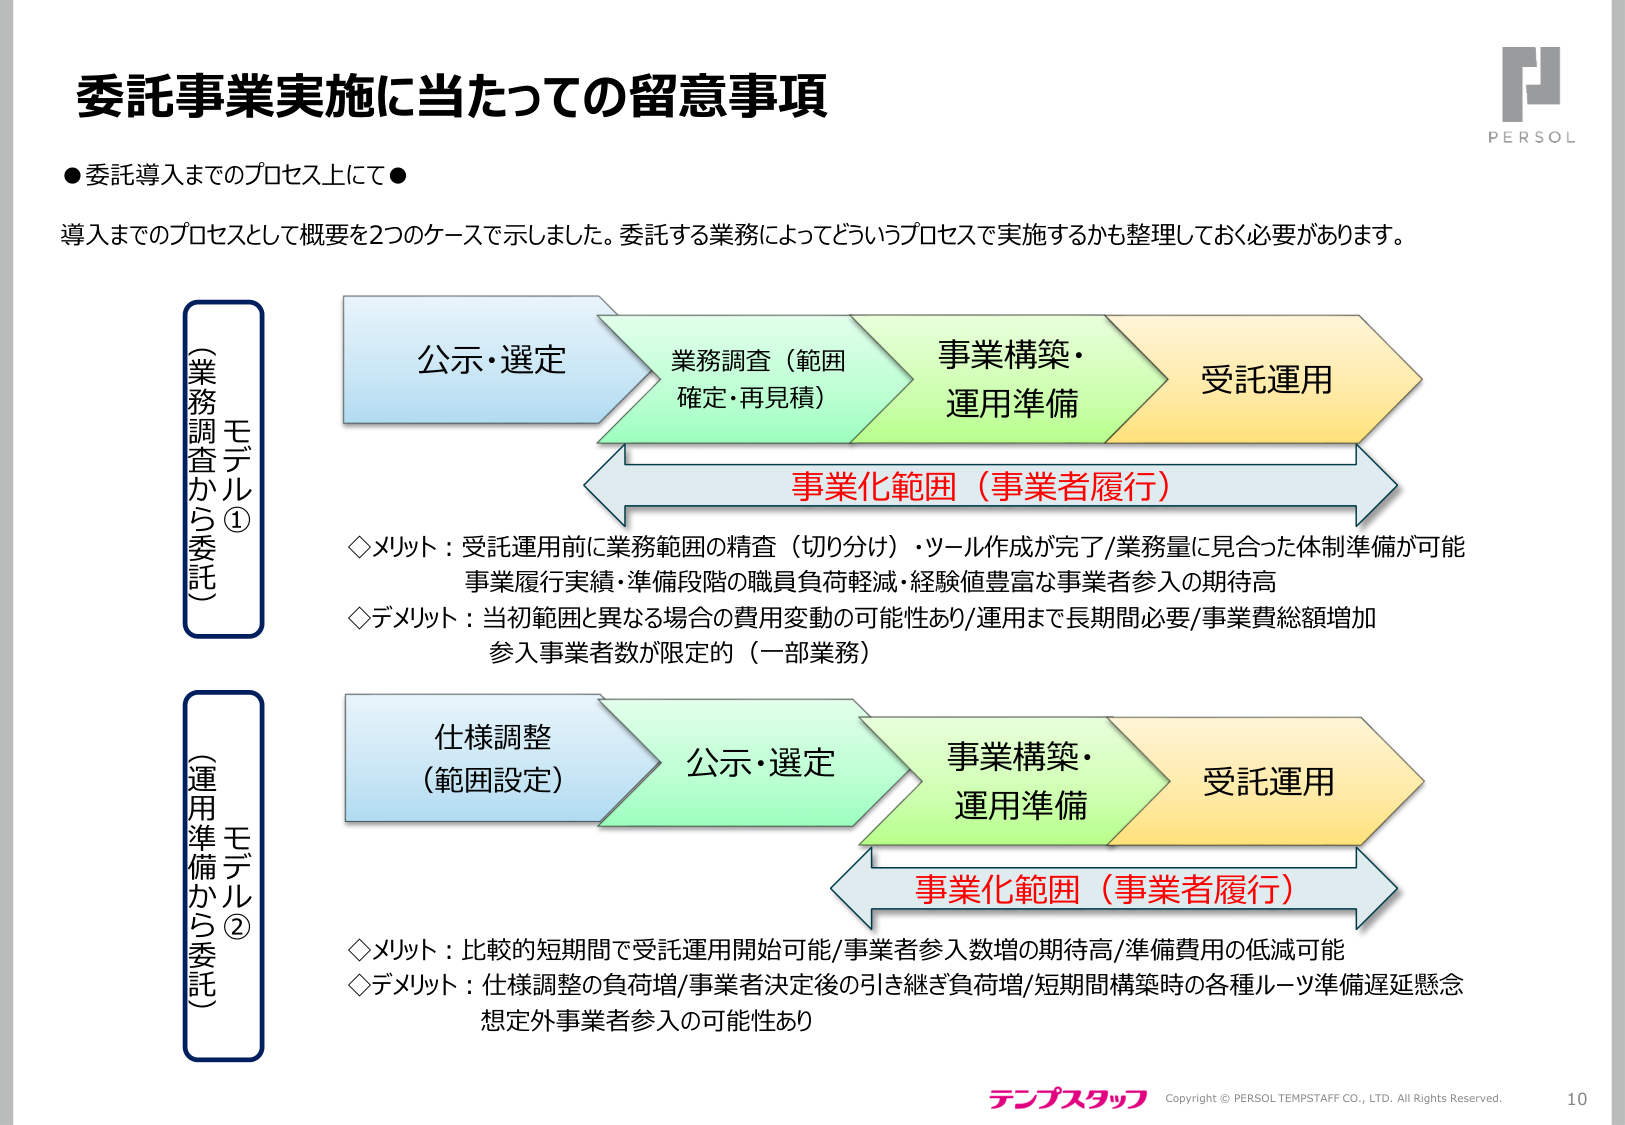
委託事業実施に当たっての留意事項

●委託導入までのプロセス上にて●

導入までのプロセスとして概要を2つのケースで示しました。委託する業務によってどういうプロセスで実施するかも整理しておく必要があります。

モデル①
（業務調査から委託）

公示・選定
業務調査（範囲確定・再見積）
事業構築・運用準備
受託運用

事業化範囲（事業者履行）

◇メリット：受託運用前に業務範囲の精査（切り分け）・ツール作成が完了/業務量に見合った体制準備が可能
事業履行実績・準備段階の職員負荷軽減・経験値豊富な事業者参入の期待高
◇デメリット：当初範囲と異なる場合の費用変動の可能性あり/運用まで長期間必要/事業費総額増加
参入事業者数が限定的（一部業務）

モデル②
（運用準備から委託）

仕様調整
（範囲設定）
公示・選定
事業構築・運用準備
受託運用

事業化範囲（事業者履行）

◇メリット：比較的短期間で受託運用開始可能/事業者参入数増の期待高/準備費用の低減可能
◇デメリット：仕様調整の負荷増/事業者決定後の引き継ぎ負荷増/短期間構築時の各種ルーツ準備遅延懸念
想定外事業者参入の可能性あり

テンプスタッフ
Copyright © PERSOL TEMPSTAFF CO., LTD. All Rights Reserved.
10

PERSOL